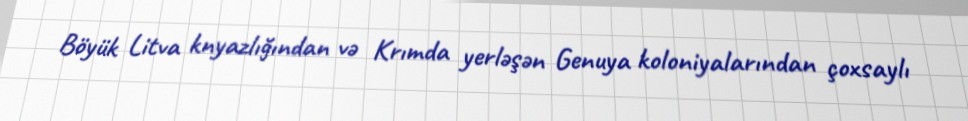
Böyük Litva knyazlığından və Krımda yerləşən Genuya koloniyalarından çoxsaylı